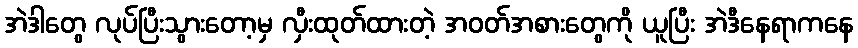
အဲဒါတွေ လုပ်ပြီးသွားတော့မှ လှီးထုတ်ထားတဲ့ အဝတ်အစားတွေကို ယူပြီး အဲဒီနေရာကနေ